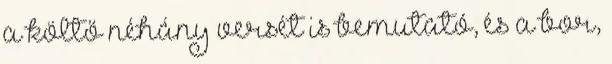
a költő néhány versét is bemutató, és a bor,